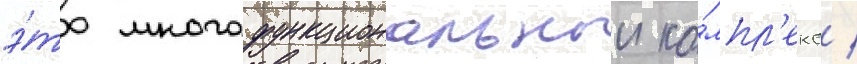
э́то многофункциональныи ко́мпл'екс /